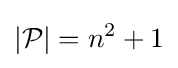
\vert {\mathcal {P}}\vert =n^{2}+1